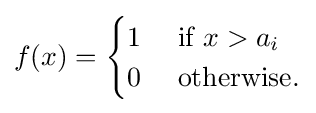
f(x)={\begin{cases}1\ &{\mbox{if }}x>a_{i}\\0\ &{\mbox{otherwise.}}\end{cases}}